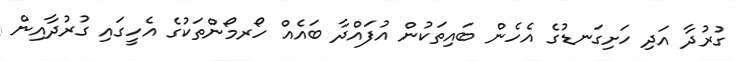
ގުރުދާ އަދި ހަށިގަނޑުގެ އެހެން ބައިތަކުން އުފައްދާ ބައެއް ހޯރމޯންތަކުގެ އެހީގައި ގުރުދާއިން